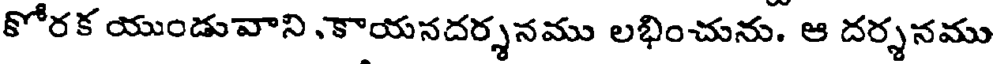
కోరక యుండువాని కాయనదర్శనము లభించును. ఆ దర్శనము